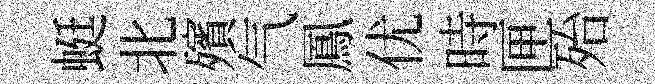
蜓北殯气鳳优時匣殆